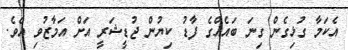
އެކަމާ ގުޅިގެން ގިނަ ބައެއްގެ ފާޑު ކިޔުން ޖުޑީޝަރީ އަށް އަމާޒުވި އެވެ.